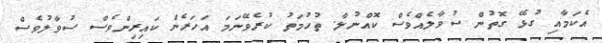
އެކަމާއި ގުޅޭ ގޮތުން ސުވާލެއްވެސް ކޮއްނުލާ. ތުހުމަތު ކުރެވޭނަމަ އަހަރެން ކައިރިންވެސް ސުވާލުވެސް